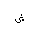
Letter: _shin